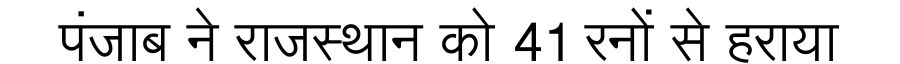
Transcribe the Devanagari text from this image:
पंजाब ने राजस्थान को 41 रनों से हराया